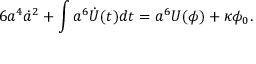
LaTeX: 6 a ^ { 4 } \dot { a } ^ { 2 } + \int a ^ { 6 } \dot { U } ( t ) d t = a ^ { 6 } U ( \phi ) + \kappa \phi _ { 0 } .